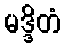
မဒ္ဒိတံ